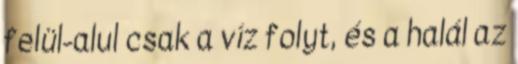
felül-alul csak a víz folyt, és a halál az